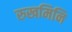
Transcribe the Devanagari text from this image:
रुखमिनि